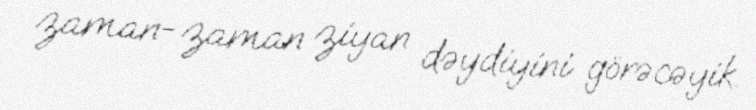
zaman-zaman ziyan dəydiyini görəcəyik.